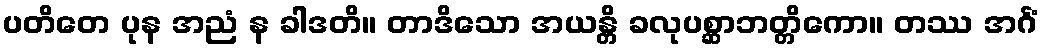
ပတိတေ ပုန အညံ န ခါဒတိ။ တာဒိသော အယန္တိ ခလုပစ္ဆာဘတ္တိကော။ တဿ အင်္ဂံ